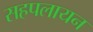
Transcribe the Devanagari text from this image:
सहपलायन